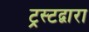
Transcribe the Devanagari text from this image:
ट्रस्टद्वारा